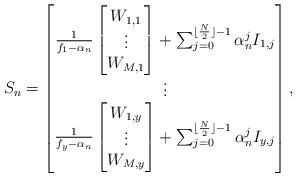
LaTeX: \begin{align*}S_n= \begin{bmatrix} \frac{1}{f_{1}-\alpha_n}\begin{bmatrix} W_{1,1}\\\vdots\\W_{M,1} \end{bmatrix}+\sum_{j=0}^{\lfloor\frac{N}{2}\rfloor-1}\alpha_n^j I_{1,j}\\ \vdots\\ \frac{1}{f_{y}-\alpha_n}\begin{bmatrix} W_{1,y}\\\vdots\\W_{M,y} \end{bmatrix}+\sum_{j=0}^{\lfloor\frac{N}{2}\rfloor-1}\alpha_n^j I_{y,j} \end{bmatrix},\end{align*}